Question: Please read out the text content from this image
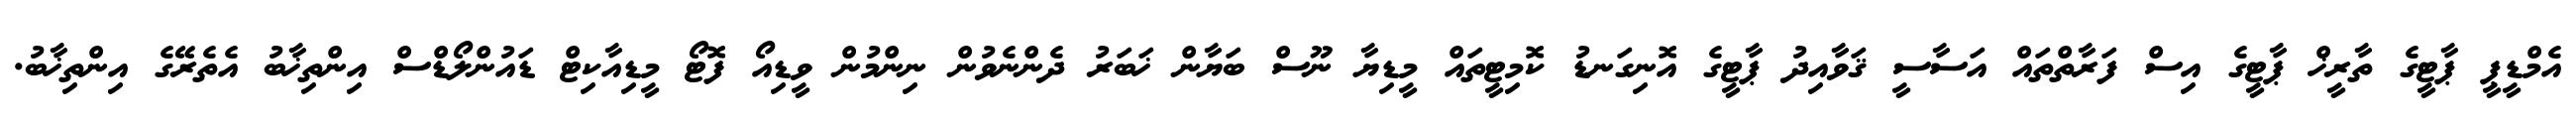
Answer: އެމްޑީޕީ ޕާޓީގެ ތާރީޚް ޕާޓީގެ އިސް ފަރާތްތައް އަސާސީ ޤަވާއިދު ޕާޓީގެ އޮނިގަނޑު ކޮމިޓީތައް މީޑިޔާ ނޫސް ބަޔާން ޚަބަރު ދެންނެވުން ނިންމުން ވީޑިއޯ ފޮޓޯ މީޑިއާކިޓް ޑައުންލޯޑްސް އިންތިޚާބު އެތެރޭގެ އިންތިޚާބު.